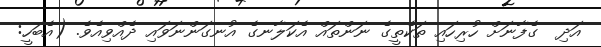
އަދި  ގެފާނަށް ހުރިހައި ތަކެތީގެ ނަންތައް އެކަލާނގެ އުނގަންނަވައި ދެއްވިއެވެ. (އެބަހީ: